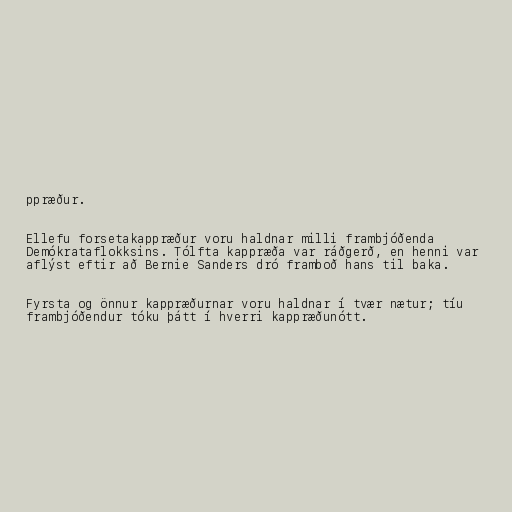
ppræður.

Ellefu forsetakappræður voru haldnar milli frambjóðenda
Demókrataflokksins. Tólfta kappræða var ráðgerð, en henni var
aflýst eftir að Bernie Sanders dró framboð hans til baka.

Fyrsta og önnur kappræðurnar voru haldnar í tvær nætur; tíu
frambjóðendur tóku þátt í hverri kappræðunótt.